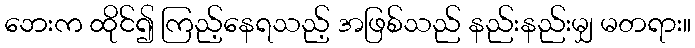
ဘေးက ထိုင်၍ ကြည့်နေရသည့် အဖြစ်သည် နည်းနည်းမျှ မတရား။